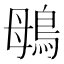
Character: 䳇